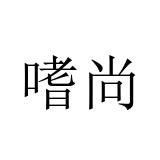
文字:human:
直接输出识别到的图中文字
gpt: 嗜尚